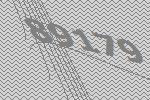
89179